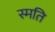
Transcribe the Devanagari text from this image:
स्मति